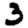
Digit: 3